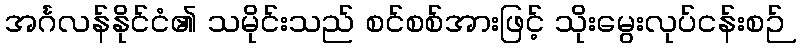
အင်္ဂလန်နိုင်ငံ၏ သမိုင်းသည် စင်စစ်အားဖြင့် သိုးမွေးလုပ်ငန်းစဉ်